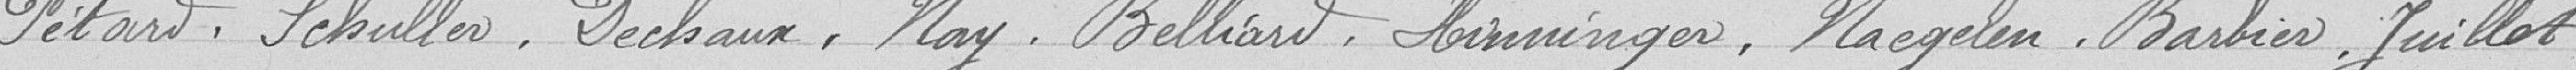
Pétard, Schuller, Dechaux, Nay, Belliard, Hinninger, Naegelen, Barbier, Juillet